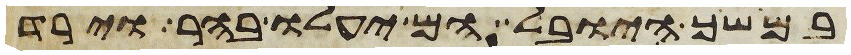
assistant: במושך היובל הם יעלו בהר וירד